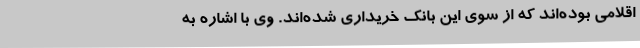
اقلامی بوده‌اند که از سوی این بانک خریداری شده‌اند. وی با اشاره به